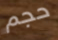
حجم